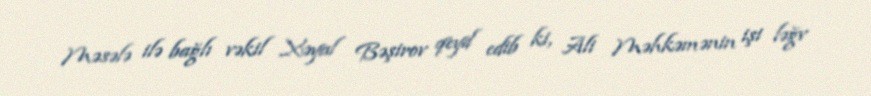
Məsələ ilə bağlı vəkil Xəyal Bəşirov qeyd edib ki, Ali Məhkəmənin işi ləğv